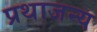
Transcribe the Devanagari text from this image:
प्रथाजन्य